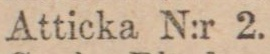
Atticka N:r 2.